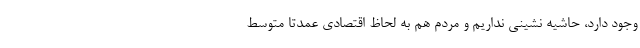
وجود دارد، حاشیه نشینی نداریم و مردم هم به لحاظ اقتصادی عمدتاً متوسط